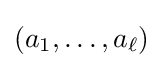
(a_{1},\ldots ,a_{\ell })